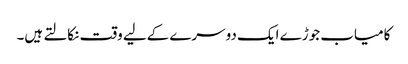
کامیاب جوڑے ایک دوسرے کےلیے وقت نکالتے ہیں۔